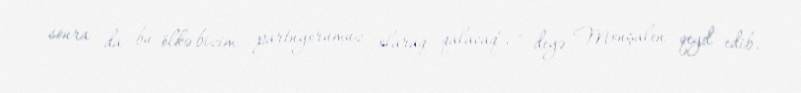
sonra da bu ölkə bizim partnyorumuz olaraq qalacaq", - deyə Monşalen qeyd edib.